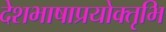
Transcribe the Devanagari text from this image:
देशभाषाप्रयोक्तृभि